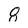
Character: 8